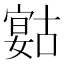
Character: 𡪻